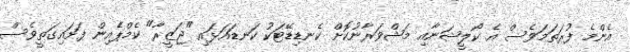
އެންމެ ފުރަތަމަވެސް އެ ކޯލީޝަނާއި މަޝްވަރާނުކޮށް ކެނޑިޑޭޓަކު ކަނޑައަޅައި "ޖަޒީރާ" ކެމްޕެެެއިން ފަށައިގަތީވެސް